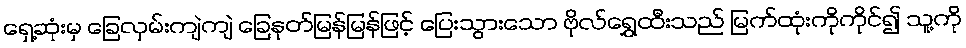
ရှေ့ဆုံးမှ ခြေလှမ်းကျဲကျဲ ခြေနုတ်မြန်မြန်ဖြင့် ပြေးသွားသော ဗိုလ်ရွှေထီးသည် မြက်ထုံးကိုကိုင်၍ သူ့ကို